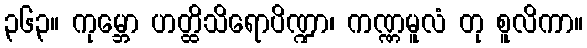
၃၆၃။ ကုမ္ဘော ဟတ္ထိသိရောပိဏ္ဍာ၊ ကဏ္ဏမူလံ တု စူလိကာ။